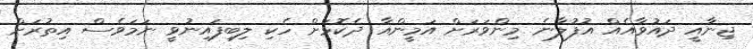
ޖިނާއީ ދައުވާއެއް އުފުލާނެ މިންވަރަށް އަމީންއާ ދެކޮޅަށް ހެކި ލިބިފައިނުވީ ނަމަވެސް އިތުރަށް